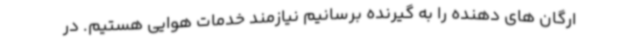
ارگان های دهنده را به گیرنده برسانیم نیازمند خدمات هوایی هستیم. در